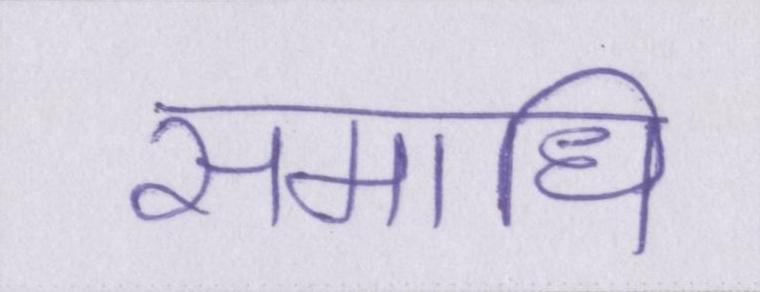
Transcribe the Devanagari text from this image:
समाधि